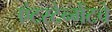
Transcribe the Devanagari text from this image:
एंटरटेन्मेंटचे